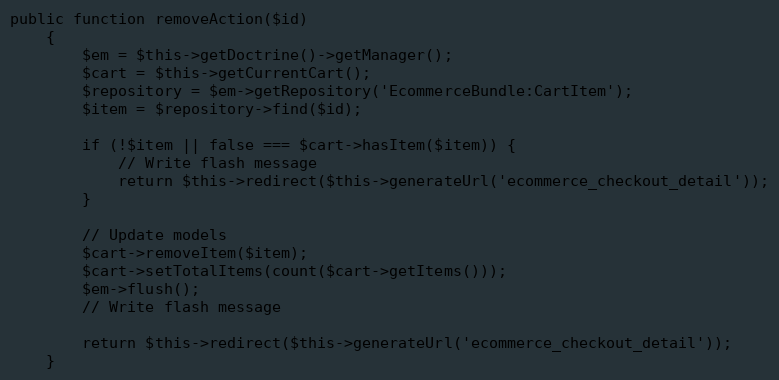
Language: PHP
public function removeAction($id)
    {
        $em = $this->getDoctrine()->getManager();
        $cart = $this->getCurrentCart();
        $repository = $em->getRepository('EcommerceBundle:CartItem');
        $item = $repository->find($id);

        if (!$item || false === $cart->hasItem($item)) {
            // Write flash message
            return $this->redirect($this->generateUrl('ecommerce_checkout_detail'));
        }

        // Update models
        $cart->removeItem($item);
        $cart->setTotalItems(count($cart->getItems()));
        $em->flush();
        // Write flash message

        return $this->redirect($this->generateUrl('ecommerce_checkout_detail'));
    }